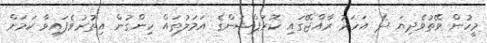
މީހުން ވޭތުވެދިޔަ ދެ އަހަރު ރާއްޖޭގައި ކޮރަޕްޝަންގެ އަމަލުތައް ހިންގުން އިތުރުވެފައިވާ ކަމަށް